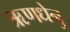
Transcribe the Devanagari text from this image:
ऋणधेनु